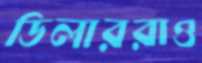
ডিলাররাও